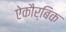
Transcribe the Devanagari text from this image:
ऐकौर्बिक